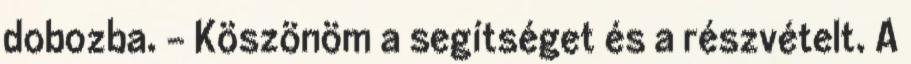
dobozba. - Köszönöm a segítséget és a részvételt. A